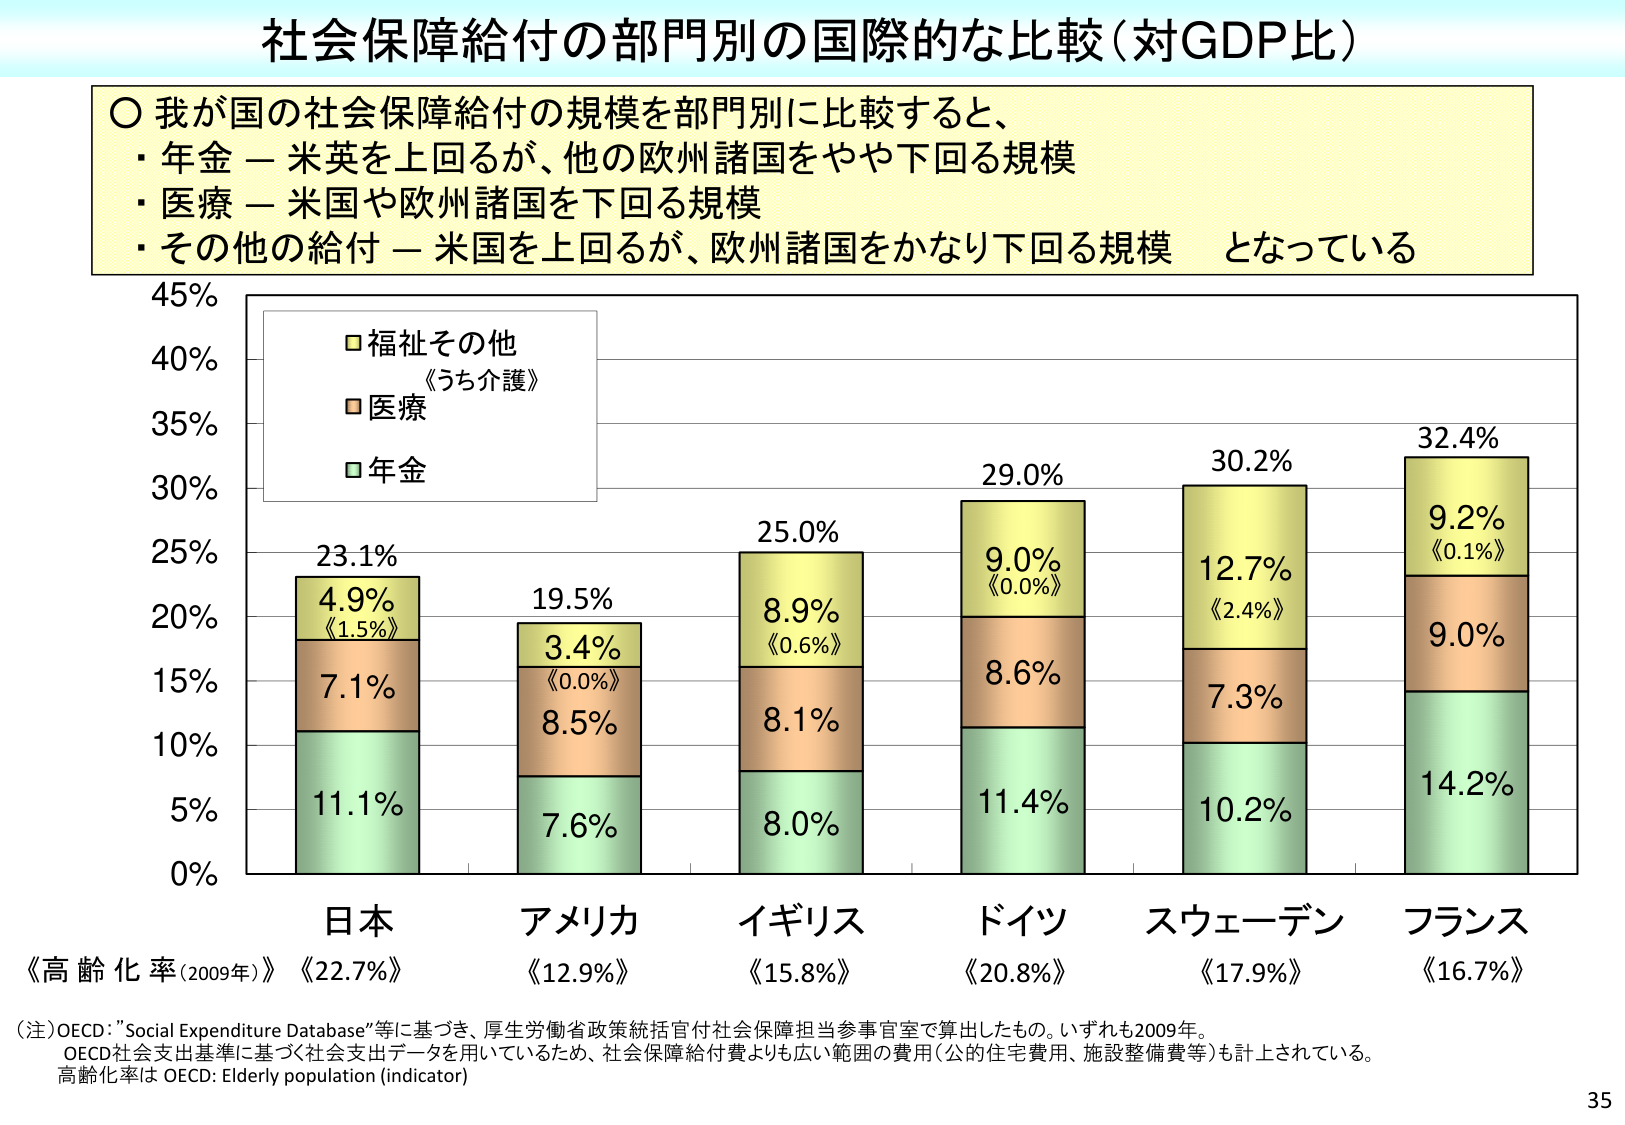
社会保障給付の部門別の国際的な比較（対GDP比）

○ 我が国の社会保障給付の規模を部門別に比較すると、
・年金 — 米英を上回るが、他の欧州諸国をやや下回る規模
・医療 — 米国や欧州諸国を下回る規模
・その他の給付 — 米国を上回るが、欧州諸国をかなり下回る規模 となっている

45%
40%
35%
30%
25%
20%
15%
10%
5%
0%

■ 福祉その他
《うち介護》
■ 医療
■ 年金

23.1%
4.9%
《1.5%》
7.1%
11.1%

19.5%
3.4%
《0.0%》
8.5%
7.6%

25.0%
8.9%
《0.6%》
8.1%
8.0%

29.0%
9.0%
《0.0%》
8.6%
11.4%

30.2%
12.7%
《2.4%》
7.3%
10.2%

32.4%
9.2%
《0.1%》
9.0%
14.2%

日本
《高齢化率(2009年)》《22.7%》

アメリカ
《12.9%》

イギリス
《15.8%》

ドイツ
《20.8%》

スウェーデン
《17.9%》

フランス
《16.7%》

（注）OECD："Social Expenditure Database"等に基づき、厚生労働省政策統括官付社会保障担当参事官室で算出したもの。いずれも2009年。
OECD社会支出基準に基づく社会支出データを用いているため、社会保障給付費よりも広い範囲の費用（公的住宅費用、施設整備費等）も計上されている。
高齢化率は OECD: Elderly population (indicator)

35